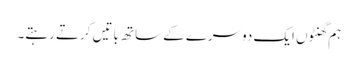
ہم گھنٹوں ایک دوسرے کے ساتھ باتیں کرتے رہتے۔